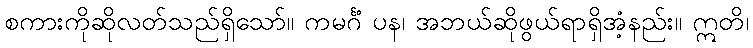
စကားကိုဆိုလတ်သည်ရှိသော်။ ကမင်္ဂံ ပန၊ အဘယ်ဆိုဖွယ်ရာရှိအံ့နည်း။ ဣတိ၊